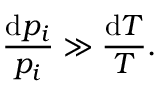
\frac { \mathrm { d } p _ { i } } { p _ { i } } \gg \frac { \mathrm { d } T } { T } .